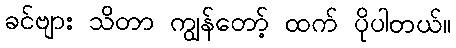
ခင်ဗျား သိတာ ကျွန်တော့် ထက် ပိုပါတယ်။